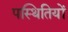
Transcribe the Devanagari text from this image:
पस्थितियों